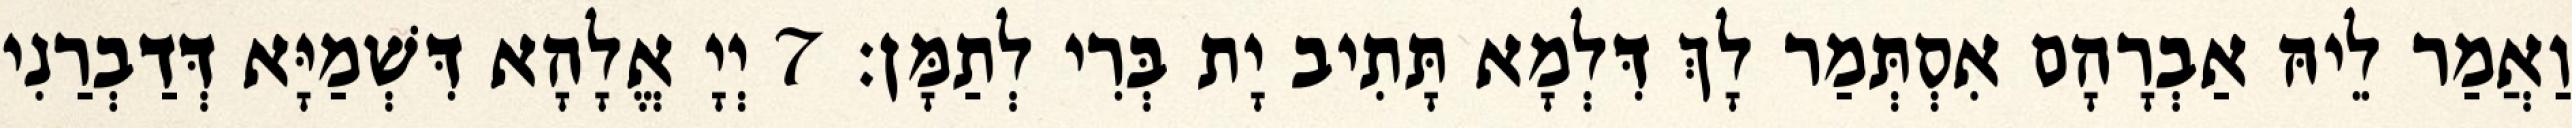
וַאֲמַר לֵיהּ אַבְרָהָם אִסְתְּמַר לָךְ דִּלְמָא תָּתִיב יָת בְּרִי לְתַמָּן׃ 7 יְיָ אֱלָהָא דִּשְׁמַיָּא דְּדַבְרַנִי